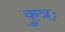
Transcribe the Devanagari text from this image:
कुत्रः